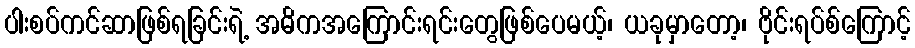
ပါးစပ်ကင်ဆာဖြစ်ရခြင်းရဲ့ အဓိကအကြောင်းရင်းတွေဖြစ်ပေမယ့်၊ ယခုမှာတော့၊ ဗိုင်းရပ်စ်ကြောင့်